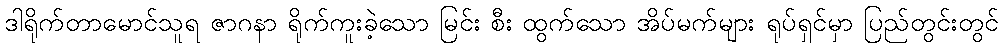
ဒါရိုက်တာမောင်သူရ ဇာဂနာ ရိုက်ကူးခဲ့သော မြင်း စီး ထွက်သော အိပ်မက်များ ရုပ်ရှင်မှာ ပြည်တွင်းတွင်